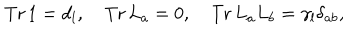
LaTeX: \mathrm { T r \, } 1 = d _ { l } , ~ \mathrm { T r \, } L _ { a } = 0 , ~ \mathrm { T r \, } L _ { a } L _ { b } = \gamma _ { l } \delta _ { a b } ,